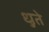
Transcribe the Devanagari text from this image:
धुते